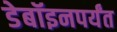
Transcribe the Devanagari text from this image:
डेबॉइनपर्यंत